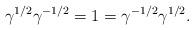
LaTeX: \begin{align*}\gamma^{1/2}\gamma^{-1/2}=1=\gamma^{-1/2}\gamma^{1/2}.\end{align*}